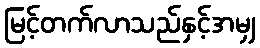
မြင့်တက်လာသည်နှင့်အမျှ